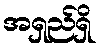
အရှည်ရှိ